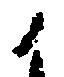
候